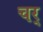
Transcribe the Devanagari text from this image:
चर्